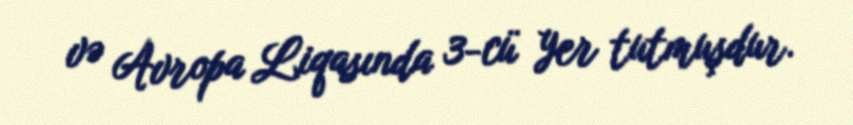
və Avropa Liqasında 3-cü yer tutmuşdur.